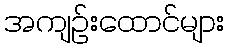
အကျဉ်းထောင်များ